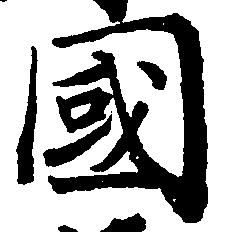
国